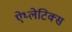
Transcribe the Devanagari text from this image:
ऐथ्लेटिक्स